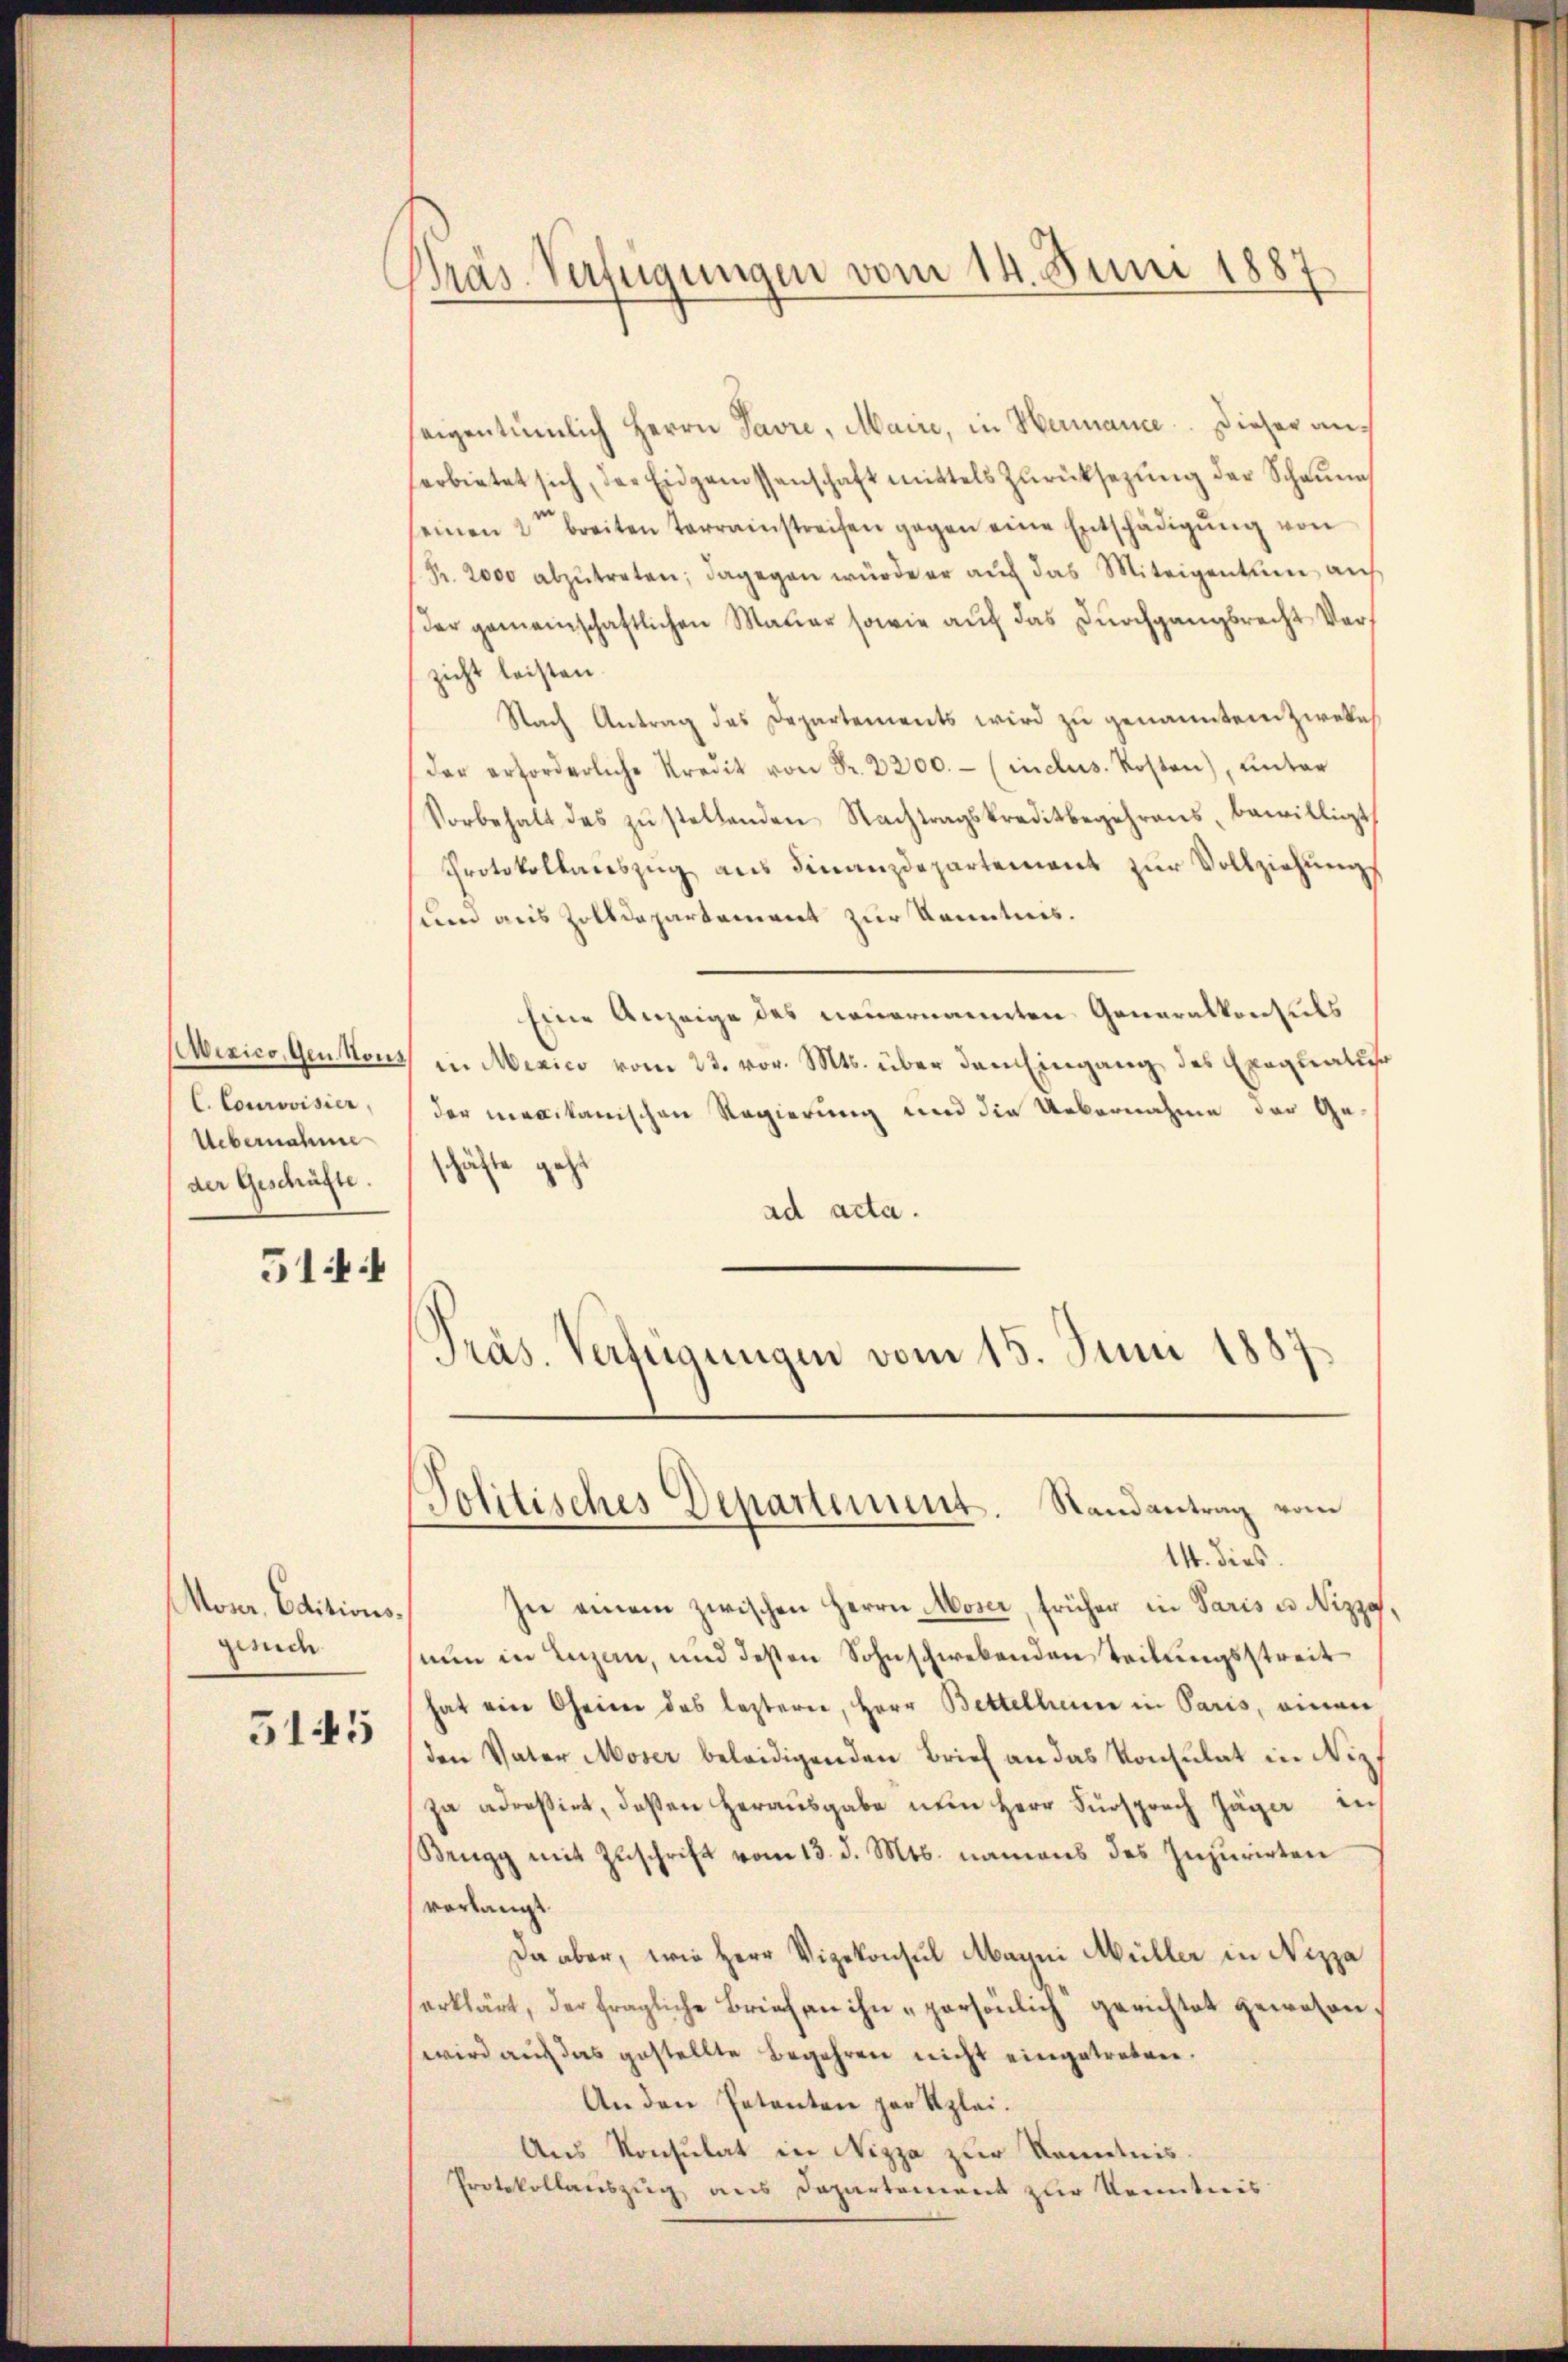
C. Courovisier,
Uebernahme
der Geschäfte.

514

Moser, Editionsgeende
5145

Präs. Verfügungen vom 14. Juni 1887.

seigentümlich Herrn Pavre, Maire, in Hermance. Dieser anherbietet sich, der Eidgenossenschaft mittels Zŭrücksezung der Scheune
seinen 2t breiten Terrainstreifen gegen eine Entschädigŭng von
Fr. 2000 abzŭtreten; dagegen würde er aŭf das Miteigentum auf
Der gemeinschaftlichen Mauer sowie auf das Durchgangsrecht Verzicht leisten.
Nach Antrag des Departements wird zu genannten Zweke
(der erforderliche Kredit von Fr. 2200.- (inclus. Kosten), unter
Vorbehalt des zŭstellenden Nachtragskreditbegehrens, bewilligt,
Protokollauszug aus Finanzdepartement zur Vollziehung
und aus Zolldepartement zur Kenntnis.
Eine Anzeige des neuernannten Generalkonsuls
Mexico, Gentons in Mexico vom 23. vor. Mts. über den Eingang des Exequalis
der merikanischen Regierung und die Uebernahme der Ge-
schäfte geht
ad acta.
Präs. Verfügungen vom 15. Juni 1887

Politisches Departement. Randantrag vom

14. dies
In einem zwischen Herrn Moser, früher in Paris u. Nizzahnun in Luzen, und desten Sohnschwebenden Teilungsstreit
hat ein Chaiser das lezterer, Herr Bettelheim in Paris, einen
den Vater Moser beleidigenden Brief an das Konsulat in Niz,
za adreßirt, deßen herausgabe nein Herr Fürsprach Jäger in
Brugg mit Zŭschrift vom 13. d. Mts. namens des Injurirten
vorlangt.
Da aber, wie Herr Vizekonsul Mayni Müller in Nizza
serklärt, der fragliche Brief an ihn persönlich gerichtet gewesen.
wird auf das gestellte Begehren nicht eingetreten.
An den Petenten par Klei¬
Aus Konsulat in Nizza zur Kenntnis.
Protokollauszug aus Departement zur Kenntnis